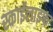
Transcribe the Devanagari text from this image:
स्काईलाइफ